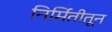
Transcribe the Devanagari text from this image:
निर्मितीतून